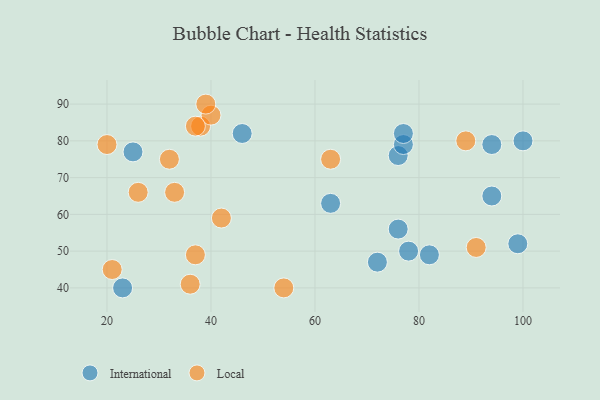
{"axis": {"x": "GDP", "y": "Life Expectancy"}, "legend": ["International", "Local"], "data": [{"x": "100", "y": 80, "type": "International"}, {"x": "99", "y": 52, "type": "International"}, {"x": "94", "y": 65, "type": "International"}, {"x": "63", "y": 63, "type": "International"}, {"x": "82", "y": 49, "type": "International"}, {"x": "72", "y": 47, "type": "International"}, {"x": "94", "y": 79, "type": "International"}, {"x": "76", "y": 56, "type": "International"}, {"x": "78", "y": 50, "type": "International"}, {"x": "76", "y": 76, "type": "International"}, {"x": "46", "y": 82, "type": "International"}, {"x": "77", "y": 79, "type": "International"}, {"x": "77", "y": 82, "type": "International"}, {"x": "25", "y": 77, "type": "International"}, {"x": "23", "y": 40, "type": "International"}, {"x": "38", "y": 84, "type": "Local"}, {"x": "89", "y": 80, "type": "Local"}, {"x": "21", "y": 45, "type": "Local"}, {"x": "33", "y": 66, "type": "Local"}, {"x": "40", "y": 87, "type": "Local"}, {"x": "26", "y": 66, "type": "Local"}, {"x": "91", "y": 51, "type": "Local"}, {"x": "37", "y": 84, "type": "Local"}, {"x": "36", "y": 41, "type": "Local"}, {"x": "20", "y": 79, "type": "Local"}, {"x": "37", "y": 49, "type": "Local"}, {"x": "39", "y": 90, "type": "Local"}, {"x": "32", "y": 75, "type": "Local"}, {"x": "54", "y": 40, "type": "Local"}, {"x": "42", "y": 59, "type": "Local"}, {"x": "63", "y": 75, "type": "Local"}]}